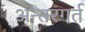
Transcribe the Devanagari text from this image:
अन्तरगर्त